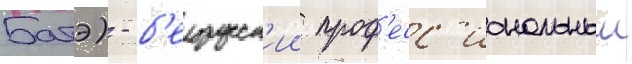
Батэ) - б'елорусск'ии проф'есс'иональныи